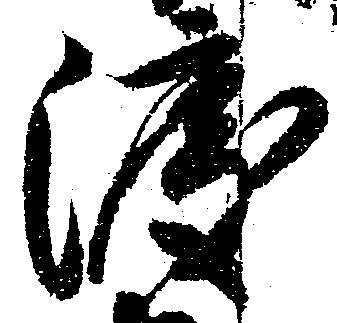
渡